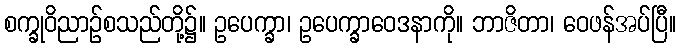
စက္ခုဝိညာဉ်စသည်တို့၌။ ဥပေက္ခာ၊ ဥပေက္ခာဝေဒနာကို။ ဘာဇိတာ၊ ဝေဖန်အပ်ပြီ။